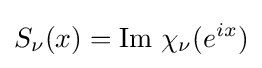
S_{\nu }(x)=\operatorname {Im} \,\chi _{\nu }(e^{ix})